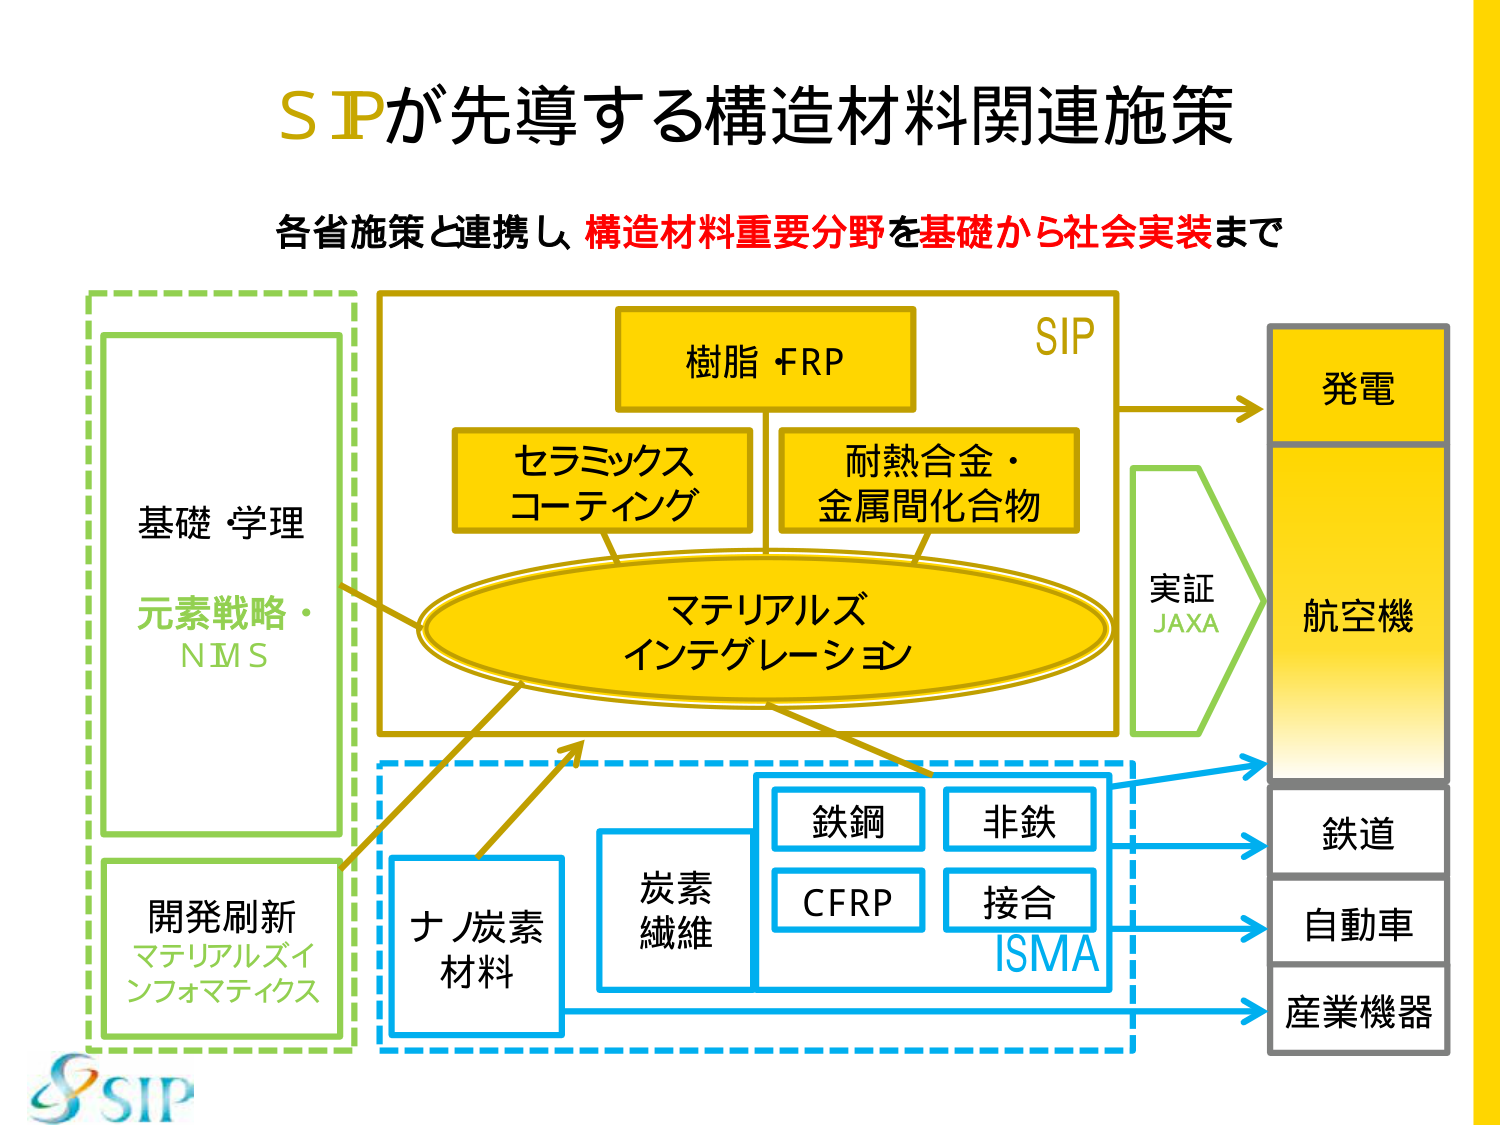
SIPが先導する構造材料関連施策
各省施策と連携し、構造材料重要分野を基礎から社会実装まで

基礎・学理
元素戦略・NMS

開発刷新
マテリアルズインフォマティクス

樹脂・FRP
セラミックスコーティング
耐熱合金・金属間化合物

マテリアルズインテグレーション

ナノ炭素材料
炭素繊維
鉄鋼
非鉄
CFRP
接合
ISMA

実証
JAXA

発電
航空機
鉄道
自動車
産業機器

SIP